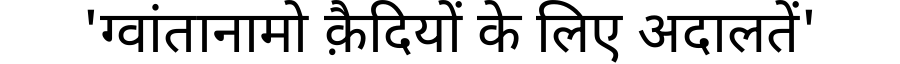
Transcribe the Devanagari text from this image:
'ग्वांतानामो क़ैदियों के लिए अदालतें'